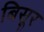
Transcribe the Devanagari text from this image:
बिसूर